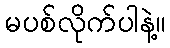
မပစ်လိုက်ပါနဲ့။